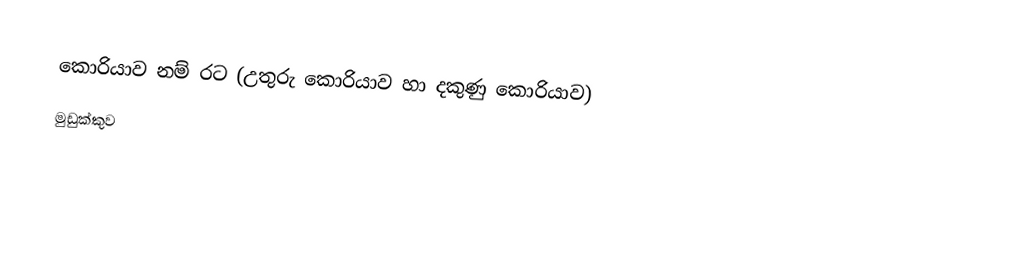
කොරියාව නම් රට (උතුරු කොරියාව හා දකුණු කොරියාව)
 මුඩුක්කුව